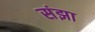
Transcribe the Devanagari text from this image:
संझा